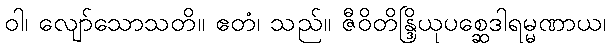
ဝါ၊ လျော်သောသတိ။ ဧတံ၊ သည်။ ဇီဝိတိန္ဒြိယုပစ္ဆေဒါရမ္မဏာယ၊